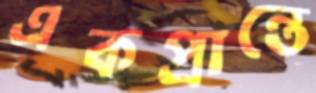
একপ্রান্তে